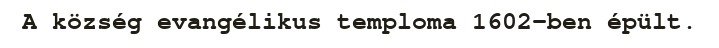
A község evangélikus temploma 1602-ben épült.